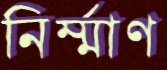
নির্ম্মাণ